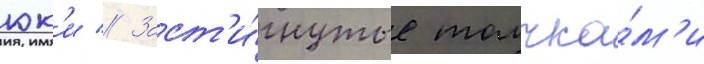
юк'и // Заст'и́гнутые толчка́м'и